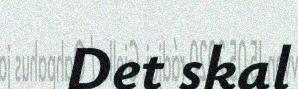
Det skal